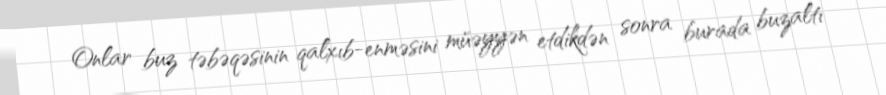
Onlar buz təbəqəsinin qalxıb-enməsini müəyyən etdikdən sonra burada buzaltı